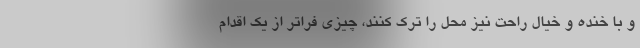
و با خنده و خیال راحت نیز محل را ترک کنند، چیزی فراتر از یک اقدام